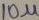
Text: 10u